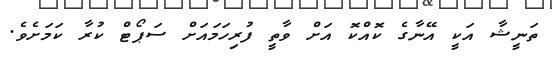
ތަނީޝާ އަކީ އޭނާގެ ކޮއްކޮ އަށް ވާތީ ފުރިހަމައަށް ސަޕޯޓް ކުރާ ކަމަށެވެ.